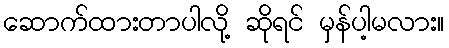
ဆောက်ထားတာပါလို့ ဆိုရင် မှန်ပါ့မလား။